Lock hospitals Punjab
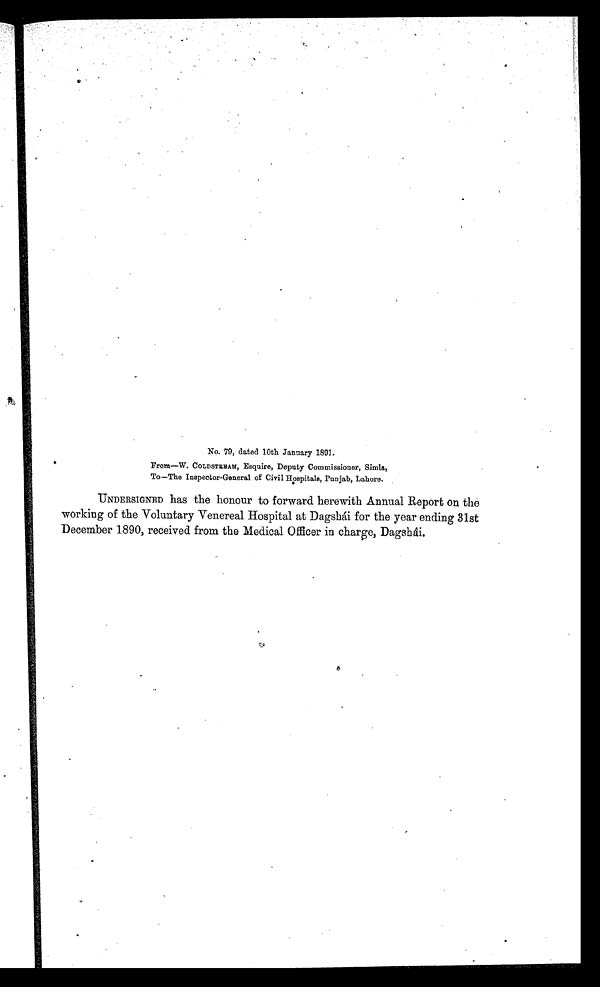
No. 79, dated 10th January 1891.
From—W. COLDSTREAM, Esquire, Deputy Commissioner, Simla,
To—The Inspector-General of Civil Hospitals, Panjab, Lahore.
UNDERSIGNED has the honour to forward herewith Annual Report on the
working of the Voluntary Venereal Hospital at Dagshái for the year ending 31st
December 1890, received from the Medical Officer in charge, Dagshâi.